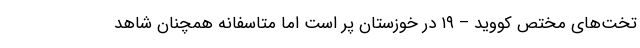
تخت‌های مختص کووید – ۱۹ در خوزستان پر است اما متاسفانه همچنان شاهد